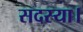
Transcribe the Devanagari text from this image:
सदस्या।